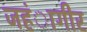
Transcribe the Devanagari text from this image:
जहंागीर